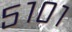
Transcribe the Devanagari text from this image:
५१०१